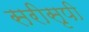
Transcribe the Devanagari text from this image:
सरीसृपी